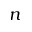
\boldsymbol { n }